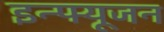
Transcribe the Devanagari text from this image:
इन्फ्यूजन